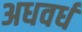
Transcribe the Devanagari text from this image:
अधवर्ध